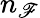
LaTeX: n_{\mathscr{F}}